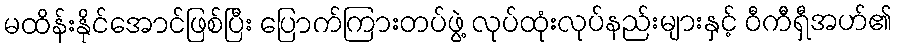
မထိန်းနိုင်အောင်ဖြစ်ပြီး ပြောက်ကြားတပ်ဖွဲ့ လုပ်ထုံးလုပ်နည်းများနှင့် ဝီကီရှီအဟ်၏